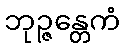
ဘုဉ္ဇန္တေကံ